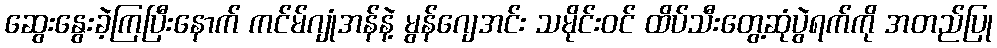
ဆွေးနွေးခဲ့ကြပြီးနောက် ကင်မ်ဂျုံအန်နဲ့ မွန်ဂျေအင်း သမိုင်းဝင် ထိပ်သီးတွေ့ဆုံပွဲရက်ကို အတည်ပြု